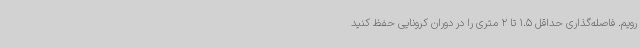
‌رویم. فاصله‌گذاری‌ حداقل 1.5 تا 2 متری را در دوران کرونایی حفظ کنید